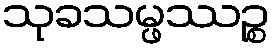
သုခသမ္ဖဿဉ္စ